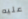
عليه